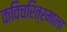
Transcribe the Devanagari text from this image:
कविचरित्रमाला